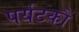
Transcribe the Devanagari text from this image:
पर्यटकौं